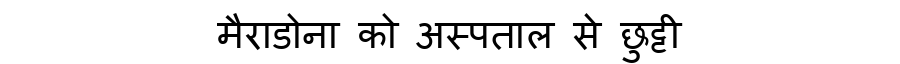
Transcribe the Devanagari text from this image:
मैराडोना को अस्पताल से छुट्टी